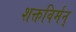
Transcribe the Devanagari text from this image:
शक्तविर्मन्